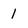
Character: 1